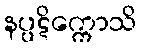
နပ္ပဋိက္ကောသိ